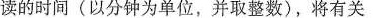
读的时间(以分钟为单位，并取整数)，将有关